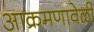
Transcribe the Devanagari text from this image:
आक्रमणावेळी